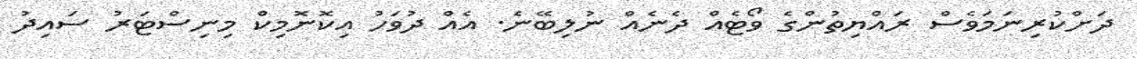
ދަށްކުރިނަމަވެސް ރައްޔިތުންގެ ވޯޓެއް ދެނެއް ނުލިބޭނެ. އެއް ދުވަހު އިކޮނޮމިކް މިނިސްޓަރު ސައިދު